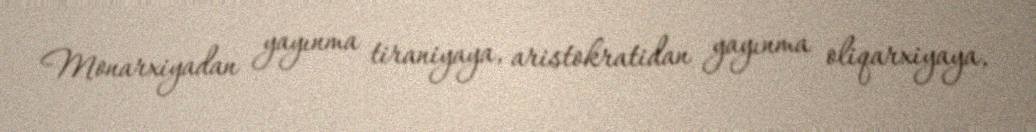
Monarxiyadan yayınma tiraniyaya, aristokratidan yayınma oliqarxiyaya,